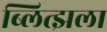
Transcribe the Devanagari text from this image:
ब्लित्झला